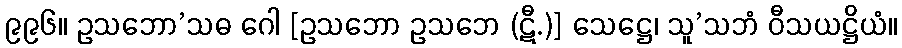
၉၉၆။ ဥသဘော’သဓ ဂေါ [ဥသဘော ဥသဘေ (ဋီ.)] သေဋ္ဌေ၊ သူ’သဘံ ဝီသယဋ္ဌိယံ။